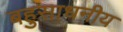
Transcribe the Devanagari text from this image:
बहुसाधनीय